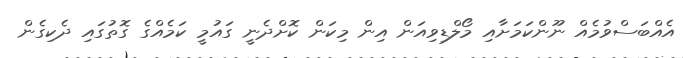
އެއްބަސްވުމެއް ނޫންކަމަށާއި މޯލްޑިވިއަން އިން މިކަން ކޮށްދެނީ ގައުމީ ކަމެއްގެ ގޮތުގައި ދެކިގެން